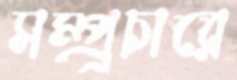
সম্প্র্রচারে